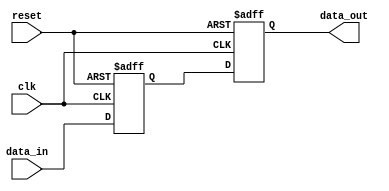
module two_flop_synchronizer (
    input wire clk,
    input wire reset,
    input wire data_in,
    output reg data_out
);

reg d_ff1_out;
reg d_ff2_out;

// D flip-flop 1
always @(posedge clk or posedge reset)
begin
    if (reset)
        d_ff1_out <= 1'b0; 
    else
        d_ff1_out <= data_in; 
end

// D flip-flop 2
always @(negedge clk or posedge reset)
begin
    if (reset)
        d_ff2_out <= 1'b0; 
    else
        d_ff2_out <= d_ff1_out; 
end

// Output synchronized data
always @(*)
    data_out = d_ff2_out;

endmodule